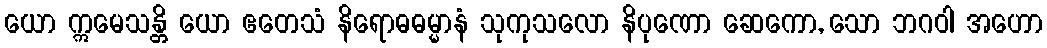
ယော ဣမေသန္တိ ယော ဧတေသံ နိရောဓဓမ္မာနံ သုကုသလော နိပုဏော ဆေကော, သော ဘဂဝါ အဟော